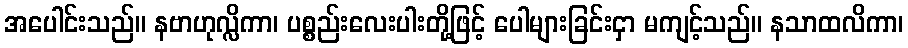
အပေါင်းသည်။ နဗာဟုလ္လိကာ၊ ပစ္စည်းလေးပါးတို့ဖြင့် ပေါများခြင်းငှာ မကျင့်သည်။ နသာထလိကာ၊